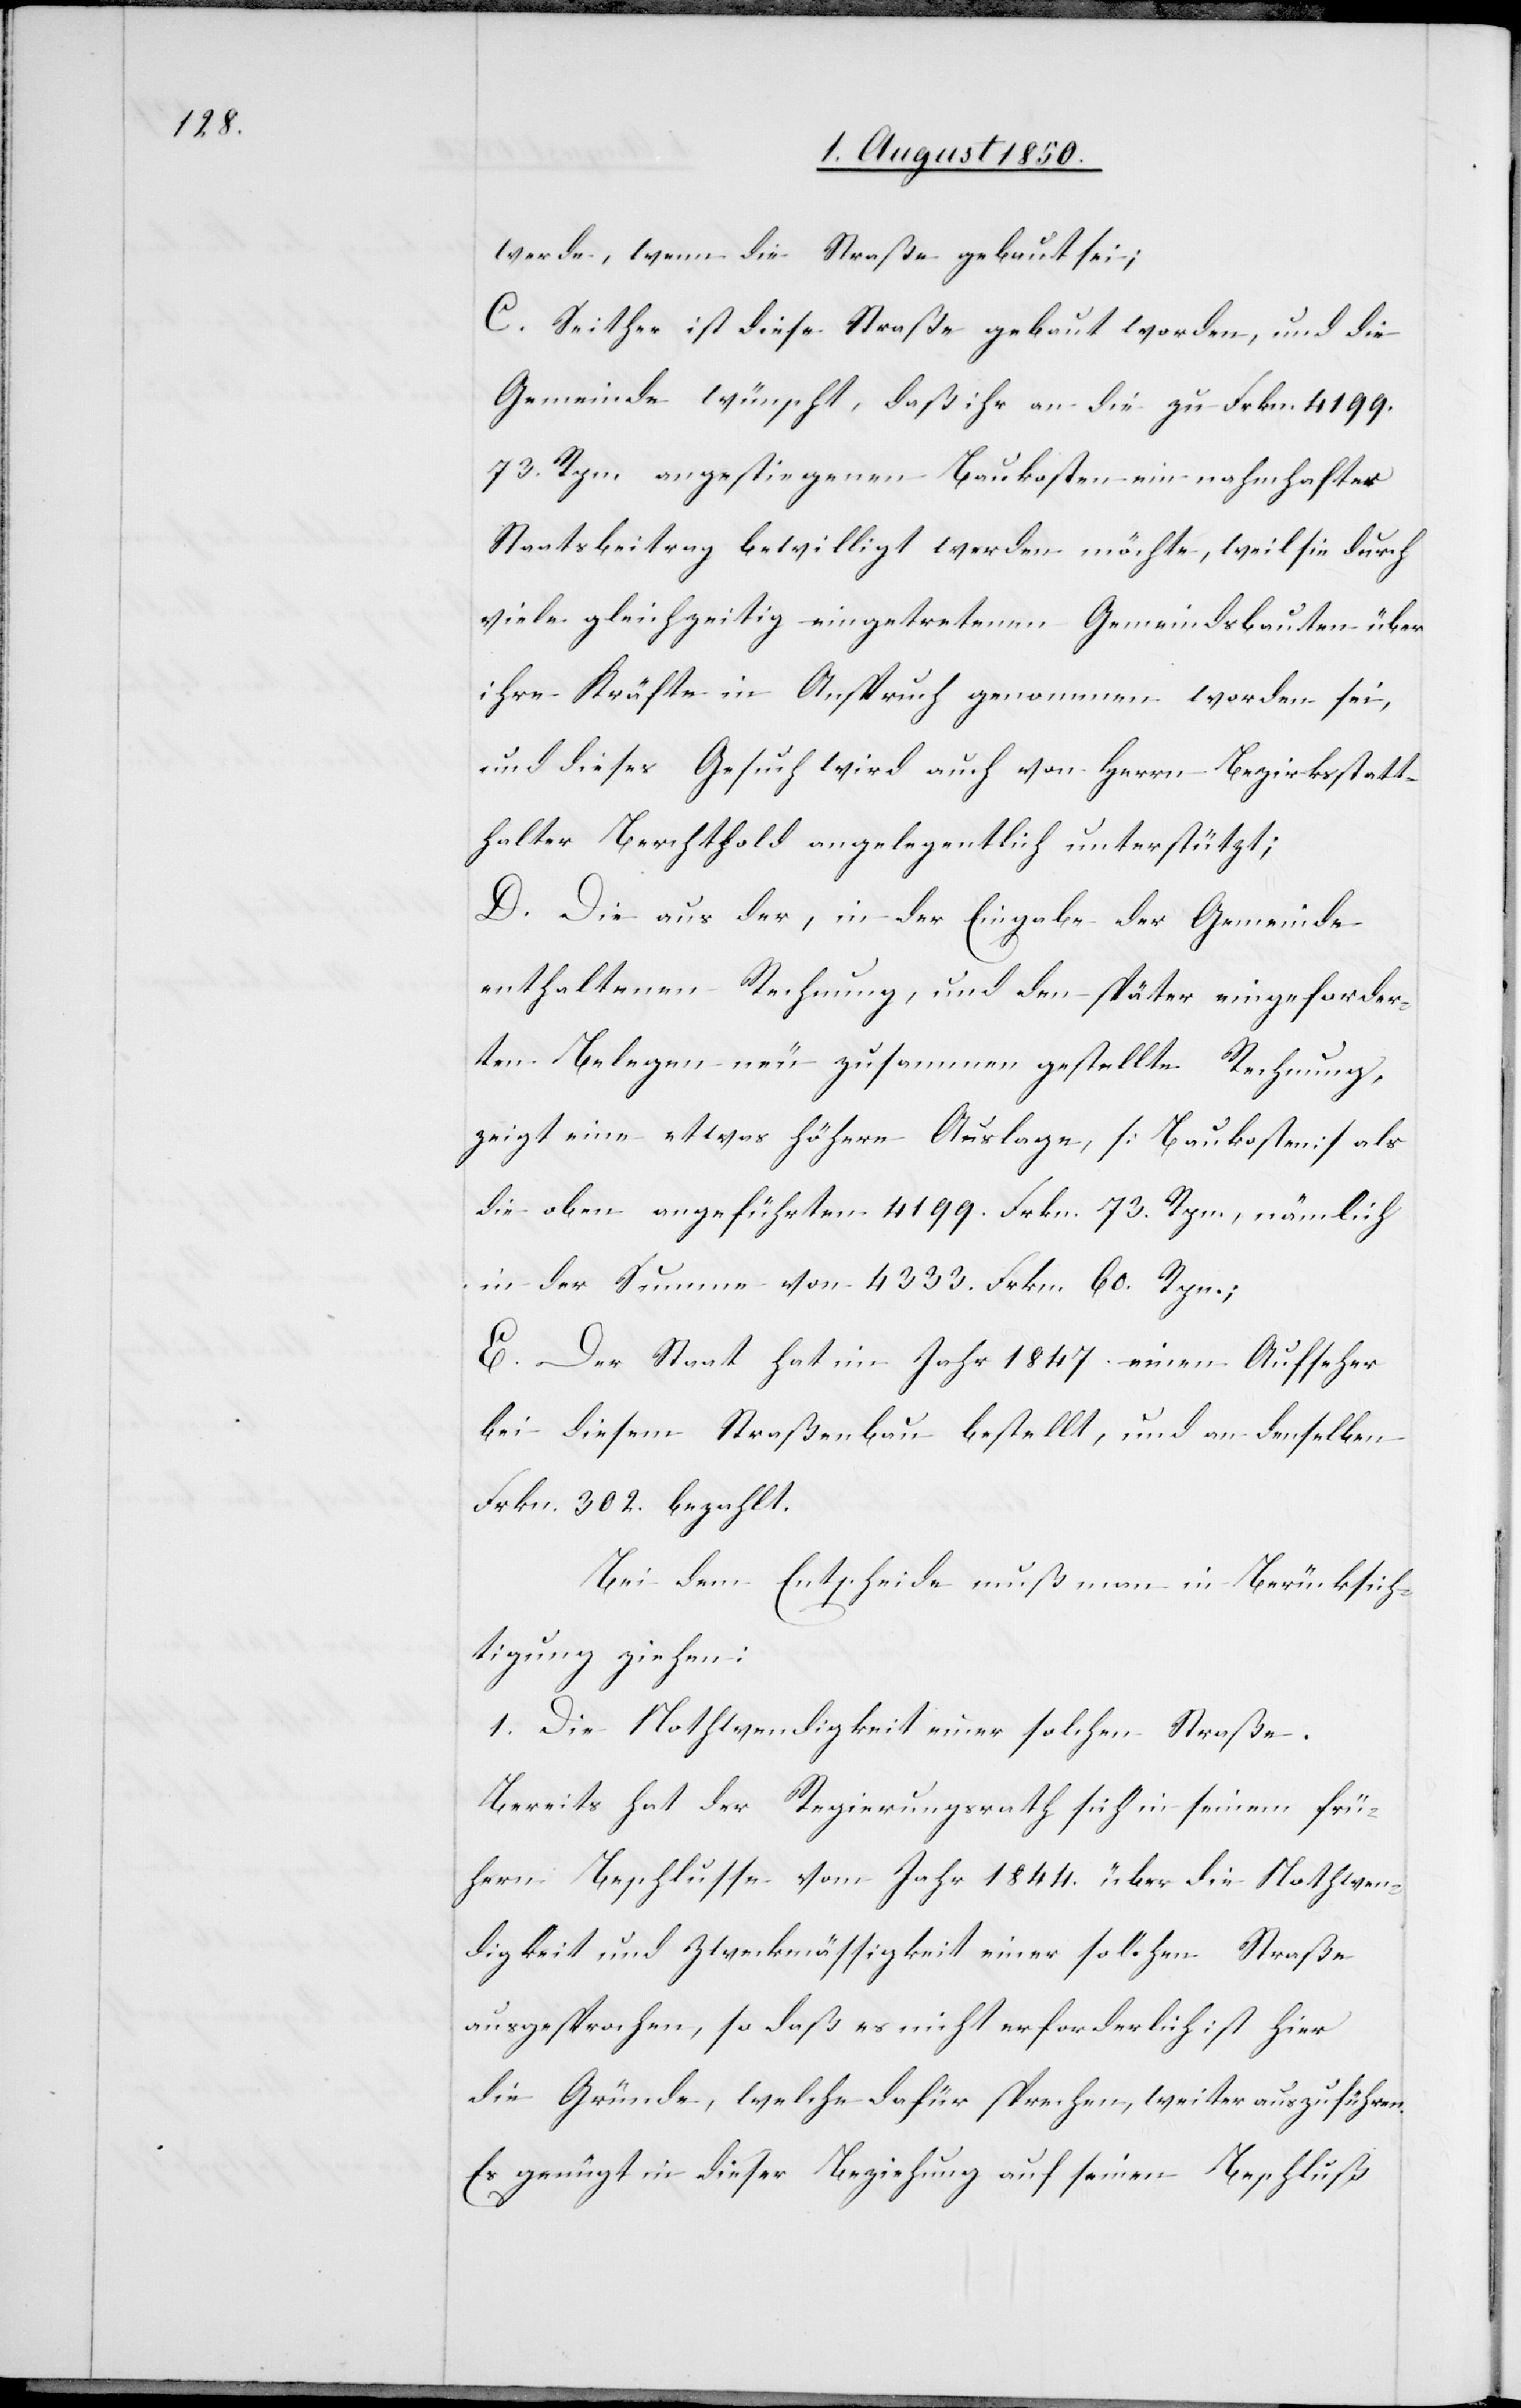
werde, wenn die Straße gebaut sei;
C. Seither ist diese Straße gebaut worden, und die
Gemeinde wünscht, daß ihr an die zu Frkn. 4199.
73. Rpn. angestiegenen Baukosten ein nahmhafter
Staatsbeitrag bewilligt werden möchte, weil sie durch
viele gleichzeitig eingetretenen Gemeindsbauten über
ihre Kräfte in Anspruch genommen worden sei,
und dieses Gesuch wird auch von Herrn Bezirksstatt¬
halter Berchthold angelegentlich unterstützt;
D. Die aus der, in der Eingabe der Gemeinde
enthaltenen Rechnung, und den später eingeforder¬
ten Belegen neu zusammen gestellte Rechnung,
zeigt eine etwas höhere Auslage, [Baukosten] als
die oben angeführten 4199. Frkn. 73. Rpn., nämlich
in der Summe von 4333. Frkn. 60. Rpn.;
E. Der Staat hat im Jahr 1847. einen Aufseher
bei diesem Straßenbau bestellt, und an denselben
Frkn. 302. bezahlt.
Bei dem Entscheide muß man in Berücksich¬
tigung ziehen:
1. Die Nothwendigkeit einer solchen Straße.
Bereits hat der Regierungsrath sich in seinem frü¬
hern Beschlusse vom Jahr 1844. über die Nothwen¬
digkeit und Zweckmässigkeit einer solchen Straße
ausgesprochen, so daß es nicht erforderlich ist hier
die Gründe, welche dafür sprechen, weiter auszuführen.
Es genügt in dieser Beziehung auf seinen Beschluß